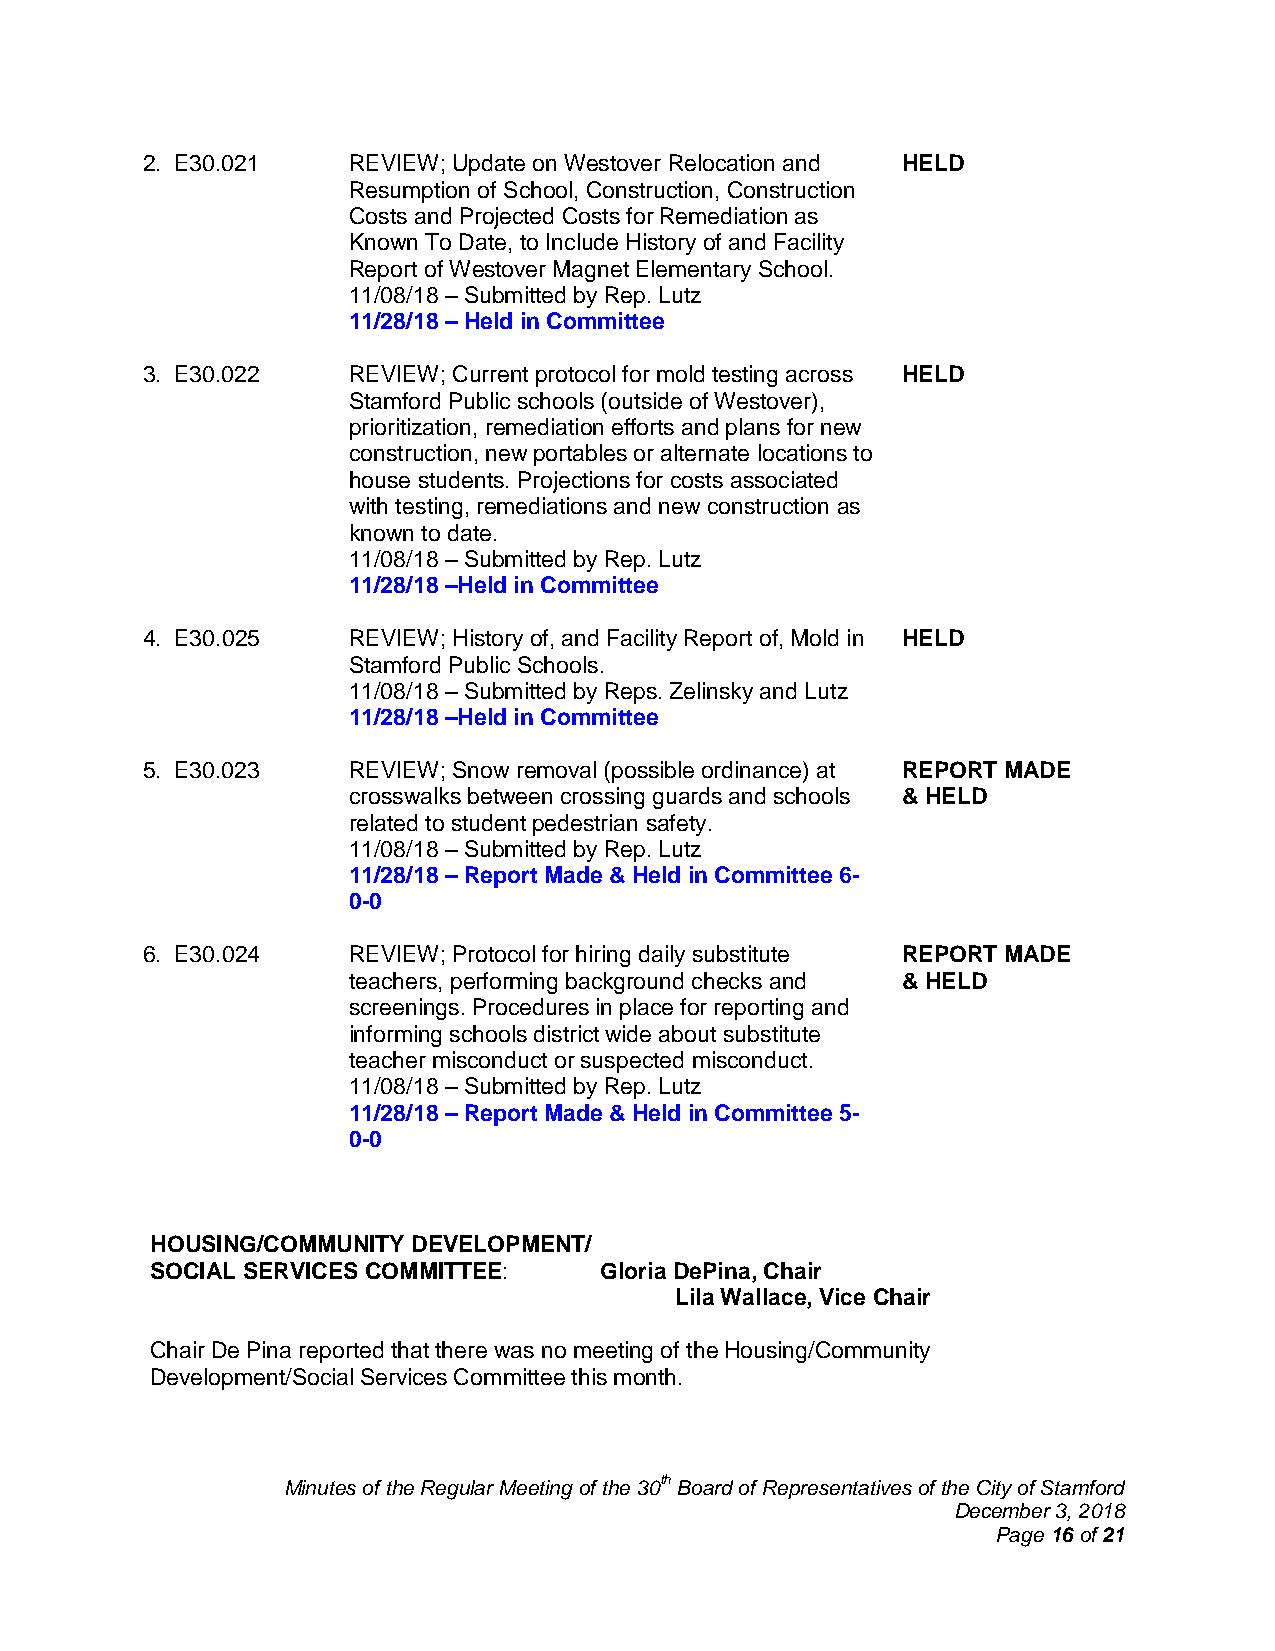
2. E30.021    REVIEW; Update on Westover Relocation and HELD
 Resumption of School, Construction, Construction
 Costs and Projected Costs for Remediation as
 Known To Date, to Include History of and Facility
 Report of Westover Magnet Elementary School.
 11/08/18 – Submitted by Rep. Lutz
 11/28/18 – Held in Committee
 3. E30.022    REVIEW; Current protocol for mold testing across HELD
 Stamford Public schools (outside of Westover),
 prioritization, remediation efforts and plans for new
 construction, new portables or alternate locations to
 house students. Projections for costs associated
 with testing, remediations and new construction as
 known to date.
 11/08/18 – Submitted by Rep. Lutz
 11/28/18 –Held in Committee
 4. E30.025    REVIEW; History of, and Facility Report of, Mold in HELD
 Stamford Public Schools.
 11/08/18 – Submitted by Reps. Zelinsky and Lutz
 11/28/18 –Held in Committee
 5. E30.023    REVIEW; Snow removal (possible ordinance) at REPORT MADE
 crosswalks between crossing guards and schools & HELD
 related to student pedestrian safety.
 11/08/18 – Submitted by Rep. Lutz
 11/28/18 – Report Made & Held in Committee 6-
 0-0
 6. E30.024    REVIEW; Protocol for hiring daily substitute REPORT MADE
 teachers, performing background checks and & HELD
 screenings. Procedures in place for reporting and
 informing schools district wide about substitute
 teacher misconduct or suspected misconduct.
 11/08/18 – Submitted by Rep. Lutz
 11/28/18 – Report Made & Held in Committee 5-
 0-0
 HOUSING/COMMUNITY DEVELOPMENT/
 SOCIAL SERVICES COMMITTEE:    Gloria DePina, Chair
 Lila Wallace, Vice Chair
 Chair De Pina reported that there was no meeting of the Housing/Community
 Development/Social Services Committee this month.
 Minutes of the Regular Meeting of the 30th Board of Representatives of the City of Stamford
 December 3, 2018
 Page 16 of 21